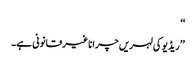
‘‘
’’ریڈیو کی لہریں چرانا غیر قانونی ہے۔